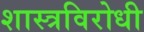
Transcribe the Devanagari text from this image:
शास्त्रविरोधी